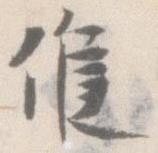
候